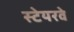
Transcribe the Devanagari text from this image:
स्टेयरवे